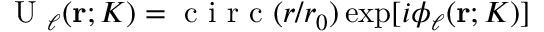
\mathrm { ~ U ~ } _ { \ell } ( { \bf r } ; K ) = \mathrm { ~ c ~ i ~ r ~ c ~ } ( r / r _ { 0 } ) \exp [ i \phi _ { \ell } ( { \bf r } ; K ) ]